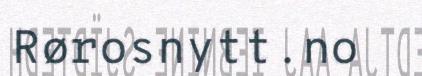
Rørosnytt.no